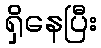
ရှိနေပြီး